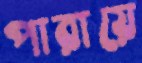
পারায়ে